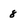
Character: 8